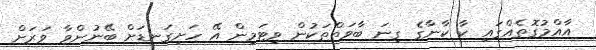
އާއްމުގޮތެއްގައި ކާ ކާނާގެ ގިނަ ބާވަތްތަކުން ވިޓަމިން އޭ ހަށިގަނޑަށް ބޭނުންވާ ވަރަށް